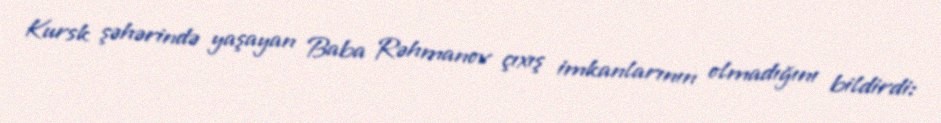
Kursk şəhərində yaşayan Baba Rəhmanov çıxış imkanlarının olmadığını bildirdi: